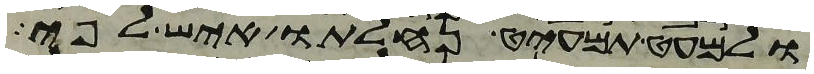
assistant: ולמעט תמעיט נחלתו איש לפי